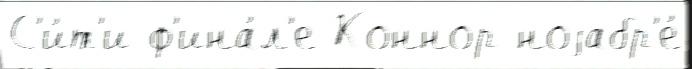
С'и́т'и ф'ина́л'е Коннор ноjабр'е́